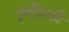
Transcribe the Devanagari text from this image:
इंग्लैंडकी